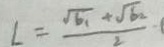
L = \frac { \sqrt { b _ { 1 } } + \sqrt { b _ { 2 } } } { 2 }